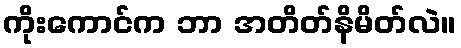
ကိုးကောင်က ဘာ အတိတ်နိမိတ်လဲ။